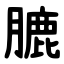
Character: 膔